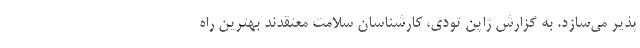
پذیر می‌سازد. به گزارش ژاپن تودی، کارشناسان سلامت معتقدند بهترین راه